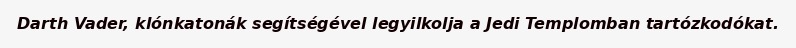
Darth Vader, klónkatonák segítségével legyilkolja a Jedi Templomban tartózkodókat.